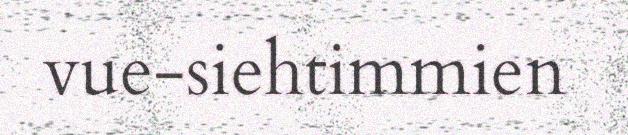
vue-siehtimmien